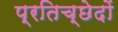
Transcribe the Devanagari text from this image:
प्रतिच्छेदों